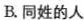
B.同姓的人